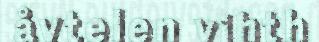
åvtelen vihth